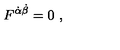
F ^ { \dot { \alpha } \dot { \beta } } = 0 \ ,